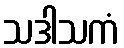
သဒါသကံ